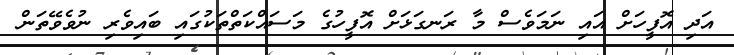
އަދި އޮފީހަށް އައި ނަމަވެސް މާ ރަނގަޅަށް އޮފީހުގެ މަސައްކަތްތަކުގައި ބައިވެރި ނުވެވޭތަން